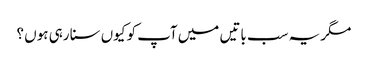
مگر یہ سب باتیں میں آپ کو کیوں سنا رہی ہوں ؟